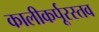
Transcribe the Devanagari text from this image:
कालीकर्पूरस्तव